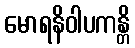
မောရနိဝါပကန္တိ